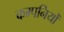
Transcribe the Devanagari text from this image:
कम्पनियोँ